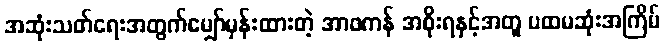
အဆုံးသတ်ရေးအတွက်မျှော်မှန်းထားတဲ့ အာဖကန် အစိုးရနှင့်အတူ ပထမဆုံးအကြိမ်